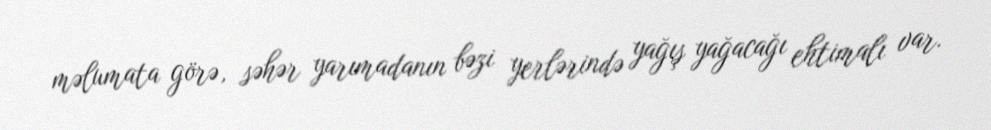
məlumata görə, səhər yarımadanın bəzi yerlərində yağış yağacağı ehtimalı var.